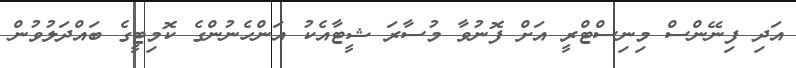
އަދި ފިނޭންސް މިނިސްޓްރީ އަށް ފޮނުވާ މުސާރަ ޝީޓާއެކު އަންހެނުންގެ ކޮމިޓީގެ ބައްދަލުވުން